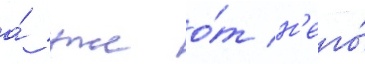
а́ уже о́т н'его́